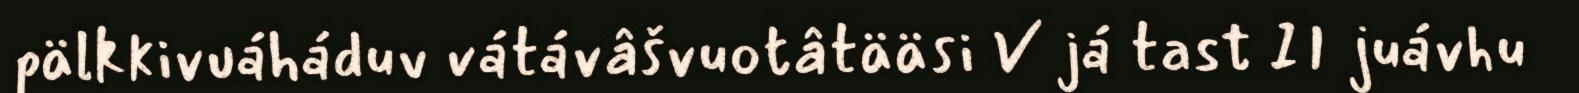
pälkkivuáháduv vátávâšvuotâtääsi V já tast II juávhu